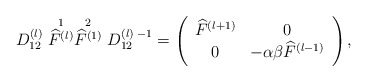
\begin{align*}D_{12}^{(l)} \stackrel{1}{\widehat{F}^{(l)}} \stackrel{2}{\widehat{F}^{(1)}} D_{12}^{(l) \; -1}= \left( \begin{array} {cc} \widehat{F}^{(l+1)} & 0\\ 0 & -\alpha \beta \widehat{F}^{(l-1)} \end{array} \right),\end{align*}